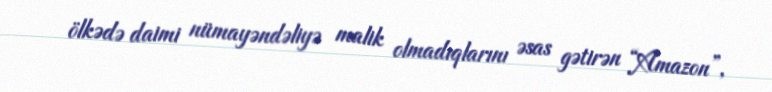
ölkədə daimi nümayəndəliyə malik olmadıqlarını əsas gətirən “Amazon”,